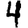
Digit: 4